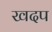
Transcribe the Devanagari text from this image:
खदप